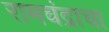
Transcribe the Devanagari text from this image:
रामचंद्राचा